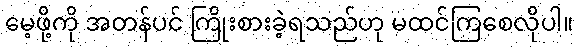
မေ့ဖို့ကို အတန်ပင် ကြိုးစားခဲ့ရသည်ဟု မထင်ကြစေလိုပါ။